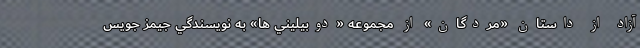
آزاد از داستان «مردگان» از مجموعه «دوبيليني ها» به نويسندگي جيمز جويس